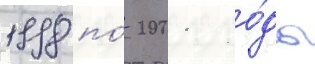
1998 по́ 2001 го́ды